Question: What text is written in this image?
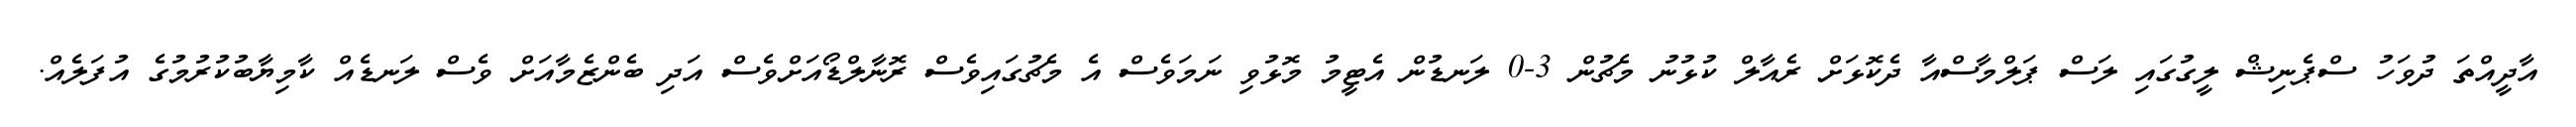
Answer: އާދީއްތަ ދުވަހު ސްޕެނިޝް ލީގުގައި ލަސް ޕަލްމާސްއާ ދެކޮޅަށް ރެއާލް ކުޅުނު މެޗުން 3-0 ލަނޑުން އެޓީމު މޮޅުވި ނަމަވެސް އެ މެޗުގައިވެސް ރޮނާލްޑޯއަށްވެސް އަދި ބެންޒެމާއަށް ވެސް ލަނޑެއް ކާމިޔާބުކުރުމުގެ އުފަލެއް.